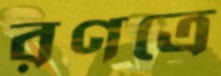
রণত্রে